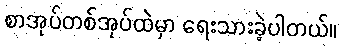
စာအုပ်တစ်အုပ်ထဲမှာ ရေးသားခဲ့ပါတယ်။